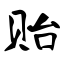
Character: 贻